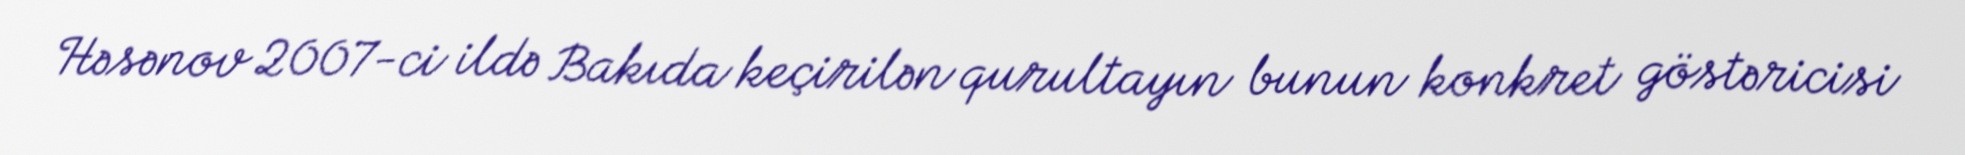
Həsənov 2007-ci ildə Bakıda keçirilən qurultayın bunun konkret göstəricisi